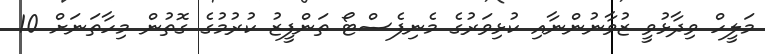
މަލީހް ވިދާޅުވީ ޒުވާނުންނާއި ކުޅިވަރުގެ މެނިފެސްޓޯ ތަންފީޒު ކުރުމުގެ ގޮތުން މިހާތަނަށް 10